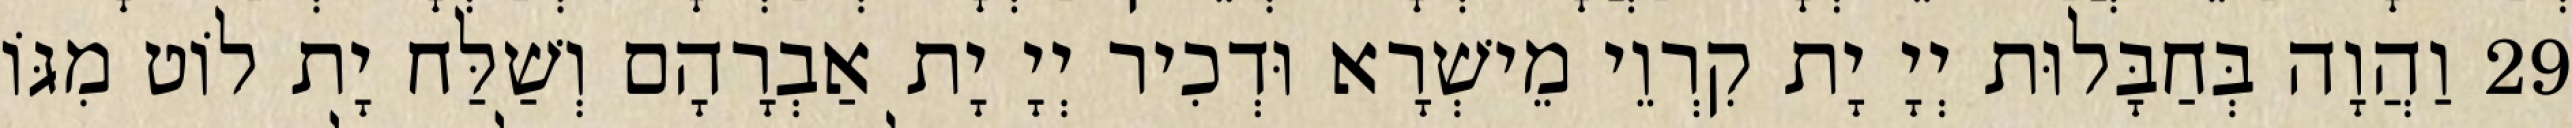
29 וַהֲוָה בְּחַבָּלוּת יְיָ יָת קִרְוֵי מֵישְׁרָא וּדְכִיר יְיָ יָת אַבְרָהָם וְשַׁלַּח יָת לוֹט מִגּוֹ